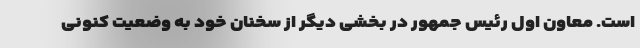
است. معاون اول رئیس جمهور در بخشی دیگر از سخنان خود به وضعیت کنونی